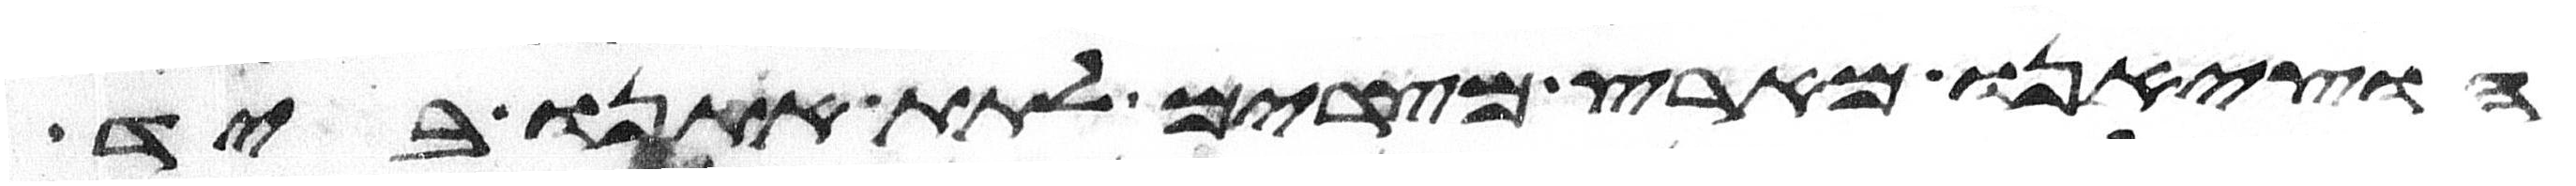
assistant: הוציאנו מארץ מצרים לתת אתנו ביד